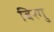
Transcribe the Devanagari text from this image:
बिरगु